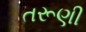
તરૂણી